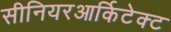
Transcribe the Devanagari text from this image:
सीनियरआर्किटेक्ट